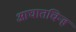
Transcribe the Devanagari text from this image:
आघातचिन्ह